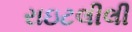
રાઇટલીલી